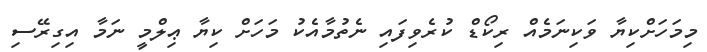
މިމަހަށްކިޔާ ވަކިނަމެއް ރިކޯޑް ކުރެވިފައި ނެތުމާއެކު މަހަށް ކިޔާ ޢިލްމީ ނަމާ އިގިރޭސި